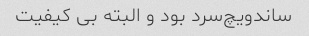
ساندویچ‌سرد بود و البته بی کیفیت